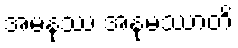
အမနုဿ အနုမဿာတိ